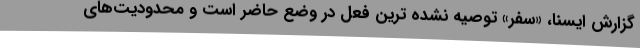
گزارش ایسنا، «سفر» توصیه‌ نشده‌ ترین فعل در وضع حاضر است و محدودیت‌های